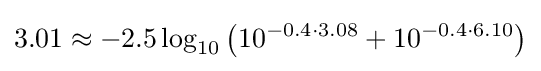
3.01\approx -2.5\log _{10}\left(10^{-0.4\cdot 3.08}+10^{-0.4\cdot 6.10}\right)